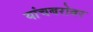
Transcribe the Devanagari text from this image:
यांचबरोबर